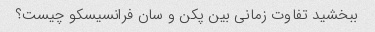
ببخشید تفاوت زمانی بین پکن و سان فرانسیسکو چیست؟